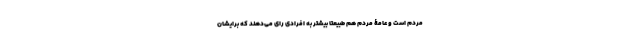
مردم است و عامۀ مردم هم طبیعتا بیشتر به افرادی رای می‌دهند که برایشان